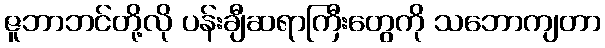
ဇူဘာဘင်တို့လို ပန်းချီဆရာကြီးတွေကို သဘောကျတာ